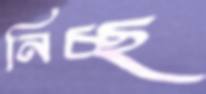
নিচ্ছ